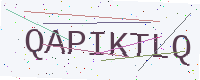
Text: QAPIKTLQ